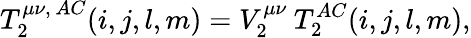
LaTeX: T_{2}^{\mu\nu,\, AC}(i,j,l,m)=V_{2}^{\mu\nu}\: T_{2}^{AC}(i,j,l,m),